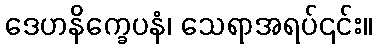
ဒေဟနိက္ခေပနံ၊ သေရာအရပ်၎င်း။